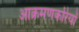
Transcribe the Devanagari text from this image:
आक्रमणकरियों